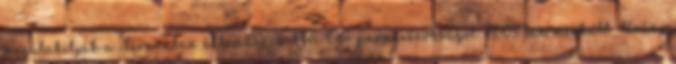
megalakítják a Tiranában állomásozó NATO parancsnokságot. 2003-ban meghalt Knézy